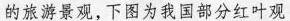
的旅游景观，下图为我国部分红叶观